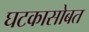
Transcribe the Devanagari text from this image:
घटकासोबत